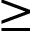
\geq